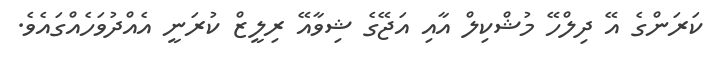
ކަރަންގެ އޭ ދިލްހޭ މުޝްކިލް އާއި އަޖޭގެ ޝިވާއޭ ރިލީޒް ކުރަނީ އެއްދުވަހެއްގައެވެ.